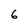
Character: 6